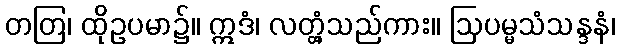
တတြ၊ ထိုဥပမာ၌။ ဣဒံ၊ လတ္တံ့သည်ကား။ ဩပမ္မသံသန္ဒနံ၊